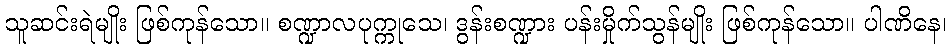
သူဆင်းရဲမျိုး ဖြစ်ကုန်သော။ စဏ္ဍာလပုက္ကုသေ၊ ဒွန်းစဏ္ဍား ပန်းမှိုက်သွန်မျိုး ဖြစ်ကုန်သော။ ပါဏိနေ၊